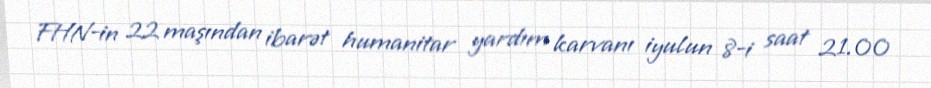
FHN-in 22 maşından ibarət humanitar yardım karvanı iyulun 8-i saat 21.00